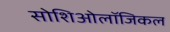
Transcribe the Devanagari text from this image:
सोशिओलॉजिकल